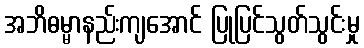
အဘိဓမ္မာနည်းကျအောင် ပြုပြင်သွတ်သွင်းမှု